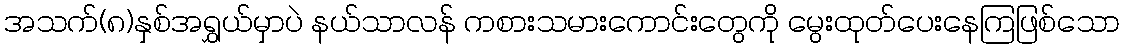
အသက်(၈)နှစ်အရွှယ်မှာပဲ နယ်သာလန် ကစားသမားကောင်းတွေကို မွေးထုတ်ပေးနေကြဖြစ်သော